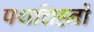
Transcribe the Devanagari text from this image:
पथचिह्नों